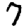
Digit: 7